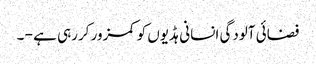
فضائی آلودگی انسانی ہڈیوں کو کمزور کررہی ہے - ۔